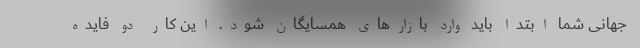
جهانی شما ابتدا باید وارد بازارهای همسایگان شود. این کار دو فایده